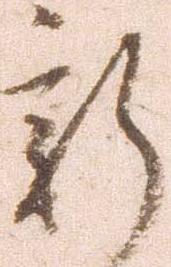
新